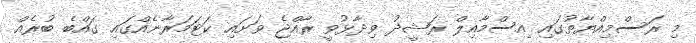
މި ރަސްމިއްޔާތުގައި އިސްމާއިލް ރަޝީދު ވިދާޅުވީ ރާއްޖެ ވަށައި ކަޓަމަރާނެއްގައި ގައްބެ ބުރެއް